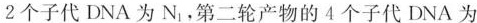
2个子代DNA为N_{1}。第二轮产物的4个子代DNA为